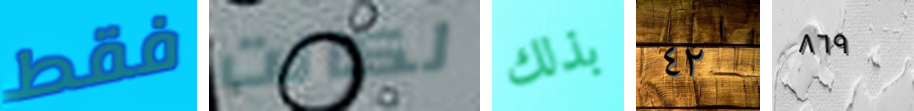
فقط لكانت بذلك ٤٢ ٨٦٩